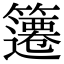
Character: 䉦